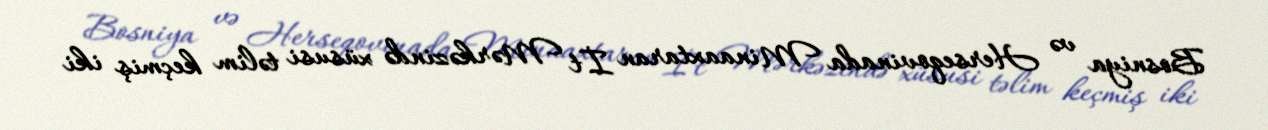
Bosniya və Herseqovinada Minaaxtaran İt Mərkəzində xüsusi təlim keçmiş iki